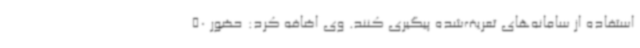
استفاده از سامانه‌های تعریف‌شده پیگیری کنند. وی اضافه کرد: حضور 50